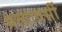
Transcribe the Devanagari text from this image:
प्रत्यावर्सी